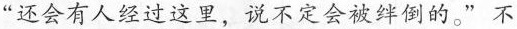
”还会有人经过这里，说不定会被绊倒的。”不